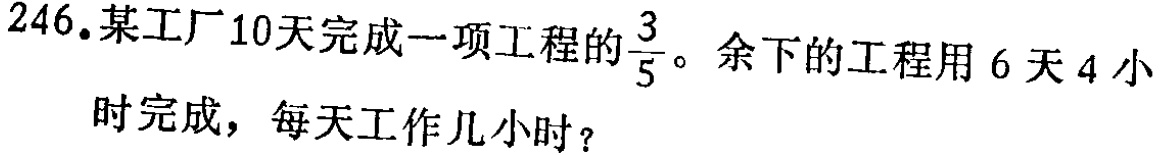
246.某工厂10天完成一项工程的$\frac{3}{5}$。余下的工程用6天4小时完成，每天工作几小时？